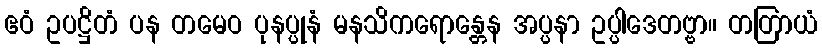
ဧဝံ ဥပဋ္ဌိတံ ပန တမေဝ ပုနပ္ပုနံ မနသိကရောန္တေန အပ္ပနာ ဥပ္ပါဒေတဗ္ဗာ။ တတြာယံ